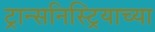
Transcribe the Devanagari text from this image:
ट्रान्सनिस्ट्रियाच्या